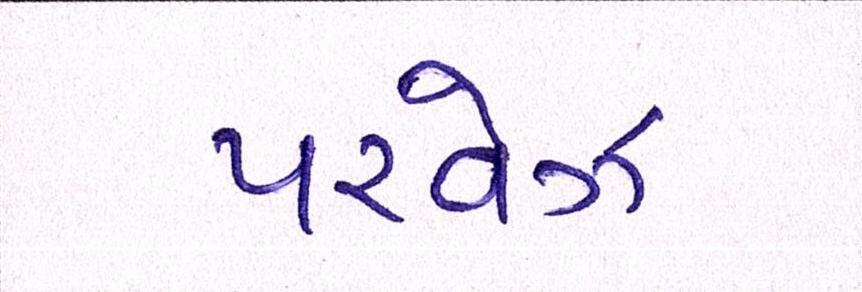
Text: પરવેઝ